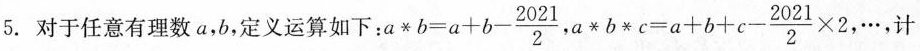
5.对于任意有理数a，b，定义运算如下 :$$a\ast b=a+b- \frac{2021}{2}$$ ， $$a\ast b\ast c=a+b+c- \frac{2021}{2}\times 2$$, \cdots ,计